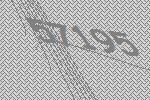
57195